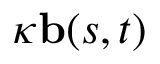
\kappa \mathbf { b } ( s , t )